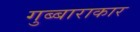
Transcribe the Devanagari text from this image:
गुब्बाराकार